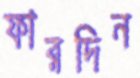
ফারদিন